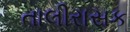
તાલીરાસક